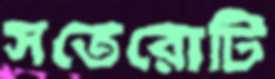
সতেরোটি